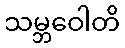
သမ္ဘဝေါတိ